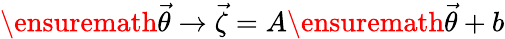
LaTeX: \ensuremath{\vec{\theta}}\rightarrow\vec{\zeta}=A\ensuremath{\vec{\theta}}+b